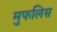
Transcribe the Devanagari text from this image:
मुफलिस